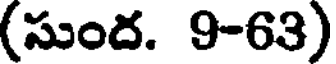
(సుంద. 9-63)